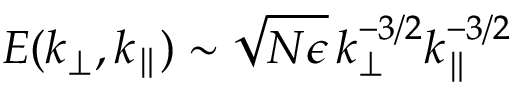
E ( k _ { \perp } , k _ { \parallel } ) \sim \sqrt { N \epsilon } \, k _ { \perp } ^ { - 3 / 2 } k _ { \parallel } ^ { - 3 / 2 }